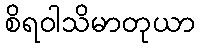
စိရဝါသိမာတုယာ